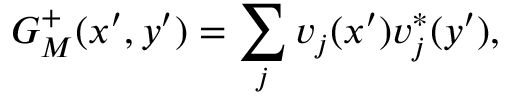
G _ { M } ^ { + } ( x ^ { \prime } , y ^ { \prime } ) = \sum _ { j } v _ { j } ( x ^ { \prime } ) v _ { j } ^ { * } ( y ^ { \prime } ) ,